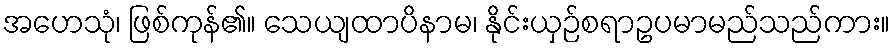
အဟေသုံ၊ ဖြစ်ကုန်၏။ သေယျထာပိနာမ၊ နိုင်းယှဉ်စရာဥပမာမည်သည်ကား။